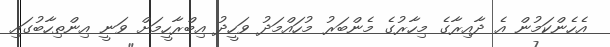
އެހެންކަމުން އެ ދާއިރާގެ މިހާރުގެ މެންބަރު މުހައްމަދު ވަހީދު އިބްރާހީމަށް ވަނީ އިންތިހާބުގައި